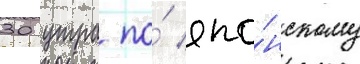
30 утра по́ япо́нскому